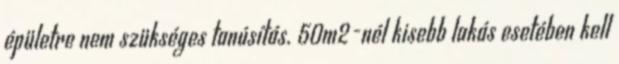
épületre nem szükséges tanúsítás. 50m2-nél kisebb lakás esetében kell